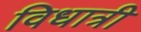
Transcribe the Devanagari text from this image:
विधात्री